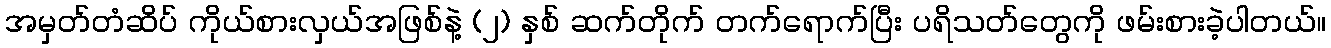
အမှတ်တံဆိပ် ကိုယ်စားလှယ်အဖြစ်နဲ့ (၂) နှစ် ဆက်တိုက် တက်ရောက်ပြီး ပရိသတ်တွေကို ဖမ်းစားခဲ့ပါတယ်။